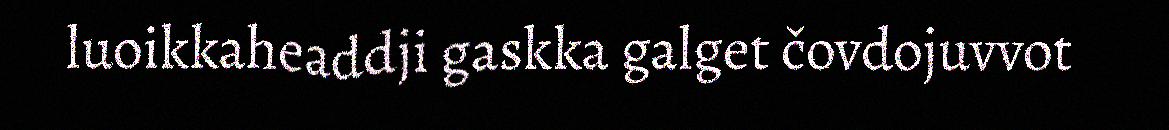
luoikkaheaddji gaskka galget čovdojuvvot